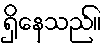
ရှိနေသည်။